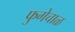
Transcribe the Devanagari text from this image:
फुगेचाळ